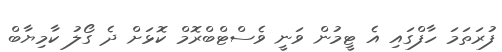
ފުރަތަމަ ހާފްގައި އެ ޓީމުން ވަނީ ވެސްޓްބްރޮމް ކޮޅަށް ދެ ގޯލު ކާމިޔާބް